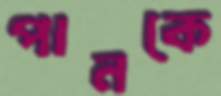
পানকে